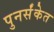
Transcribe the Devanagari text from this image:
पुनर्संकेत